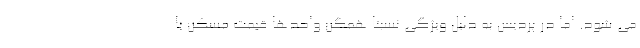
می شود. اما در پردیس به دلیل ویژگی نسبتا همگن واحدها قیمت مسکن با